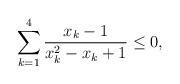
LaTeX: \begin{align*}\sum_{k=1}^{4} \frac{x_k-1}{x_k^2-x_k+1} \le 0,\end{align*}